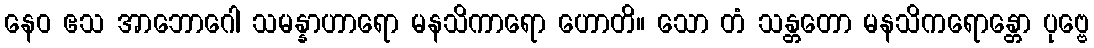
နေဝ ဧသ အာဘောဂေါ သမန္နာဟာရော မနသိကာရော ဟောတိ။ သော တံ သန္တတော မနသိကရောန္တော ပုဗ္ဗေ